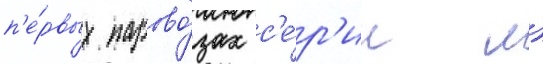
п'е́рвых парово́зах с'е́р'ии л)